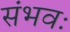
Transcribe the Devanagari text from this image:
संभवः